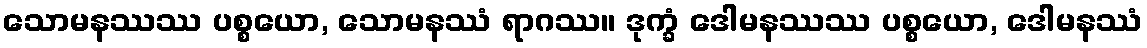
သောမနဿဿ ပစ္စယော, သောမနဿံ ရာဂဿ။ ဒုက္ခံ ဒေါမနဿဿ ပစ္စယော, ဒေါမနဿံ